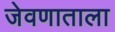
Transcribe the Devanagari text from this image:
जेवणाताला